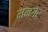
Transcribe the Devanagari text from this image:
मनगेर